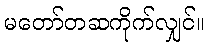
မတော်တဆကိုက်လျှင်။